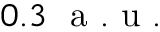
0 . 3 \ \mathrm { ~ a ~ . ~ u ~ . ~ }